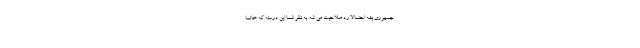
جمهوری بشه احتمالا رد صلاحیت می شه. به نظر شما این درسته که خانما